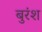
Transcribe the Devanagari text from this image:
बुरंश